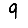
Digit: 9